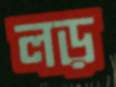
লড়